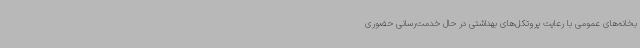
بخانه‌های عمومی با رعایت پروتکل‌های بهداشتی در حال خدمت‌رسانی حضوری